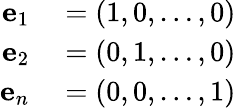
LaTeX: \begin{array}{rl}{\mathbf{e}_{1}}&{{}=(1,0,\ldots,0)}\\ {\mathbf{e}_{2}}&{{}=(0,1,\ldots,0)}\\ {\mathbf{e}_{n}}&{{}=(0,0,\ldots,1)}\end{array}